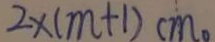
2 \times ( m + 1 ) c m 。